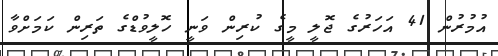
އުމުރުން 41 އަހަރުގެ ޖޮލީ މީގެ ކުރިން ވަނީ ހޮލީވުޑްގެ ތަރިން ކަމަށްވާ